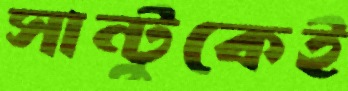
সান্টুকেই